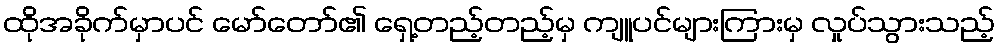
ထိုအခိုက်မှာပင် မော်တော်၏ ရှေ့တည့်တည့်မှ ကျူပင်များကြားမှ လှုပ်သွားသည့်